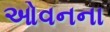
ઓવનના